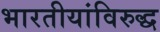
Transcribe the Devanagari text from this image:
भारतीयांविरुद्ध